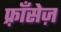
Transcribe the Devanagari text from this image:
फ़्राँसेज़